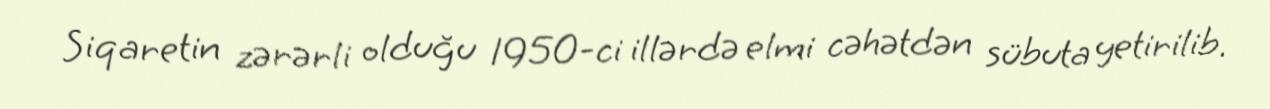
Siqaretin zərərli olduğu 1950-ci illərdə elmi cəhətdən sübuta yetirilib.